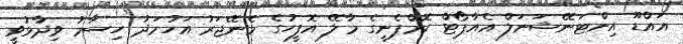
އައްޑޫ އިންޓަނޭޝަނަލް އެއާޕޯޓް ކޮމްޕެނީގެ މާލޭ އޮފީހުގެ މެނޭޖަރު އަހުމަދު ހިސާމު ވިދާޅުވީ